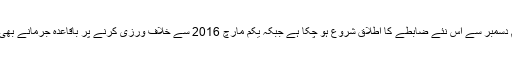
نیویارک میں یکم دسمبر سے اس نئے ضابطے کا اطلاق شروع ہو چکا ہے جبکہ یکم مارچ 2016 سے خلاف ورزی کرنے پر باقاعدہ جرمانے بھی کیے جائیں گے۔